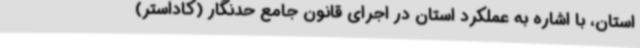
استان، با اشاره به عملکرد استان در اجرای قانون جامع حدنگار (کاداستر)